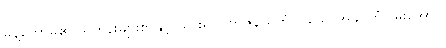
မိန့်တော်မူ၏။ ရဟန်းများစွာနှင့် သွား၍ ပဗ္ဗာဇနိယကံ ပြုသောအခါ ကံငြိမ်းအောင်